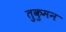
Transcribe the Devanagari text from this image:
तुकुमन